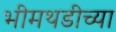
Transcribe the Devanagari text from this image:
भीमथडीच्या